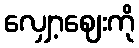
လျှော့ဈေးကို